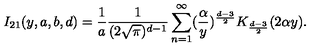
I _ { 2 1 } ( y , a , b , d ) = \frac { 1 } { a } \frac { 1 } { ( 2 \sqrt { \pi } ) ^ { d - 1 } } \sum _ { n = 1 } ^ { \infty } ( \frac { \alpha } { y } ) ^ { \frac { d - 3 } { 2 } } K _ { \frac { d - 3 } { 2 } } ( 2 \alpha y ) .